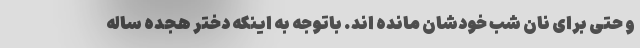
و حتی برای نان شب خودشان مانده اند. باتوجه به اینکه دختر هجده ساله